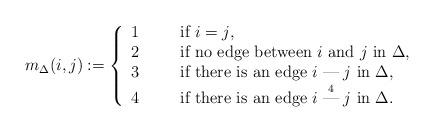
LaTeX: \begin{align*}m_\Delta(i,j):=\left\{\begin{array}{ll}1\ \ \ \ \ &\mbox{if $i=j$,}\\2\ \ \ \ \ &\mbox{if no edge between $i$ and $j$ in $\Delta$,}\\3\ \ \ \ \ &\mbox{if there is an edge $i\stackrel{ }{\mbox{---}}j$ in $\Delta$,}\\4\ \ \ \ &\mbox{if there is an edge $i\stackrel{4}{\mbox{---}}j$ in $\Delta$.}\\\end{array}\right.\end{align*}